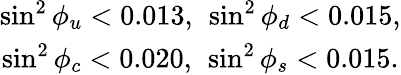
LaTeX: \begin{array}{cc}{{\sin^{2}\phi_{u}<0.013,\ \sin^{2}\phi_{d}<0.015,}}\\ {{\sin^{2}\phi_{c}<0.020,\ \sin^{2}\phi_{s}<0.015.}}\end{array}